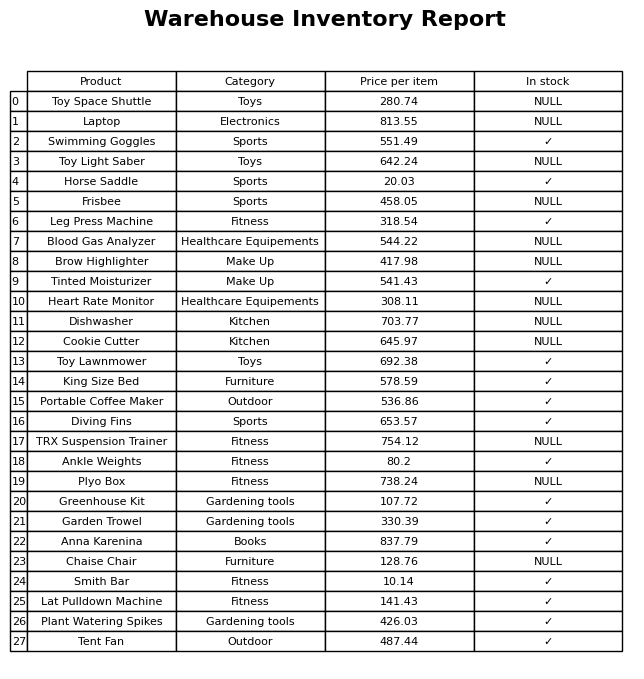
question: What is the price for Blood Gas Analyzer?
answer: The price of Blood Gas Analyzer is 544.22.